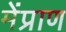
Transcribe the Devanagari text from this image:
मेंप्राण